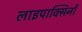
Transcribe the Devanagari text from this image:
लाइपाक्सिनों